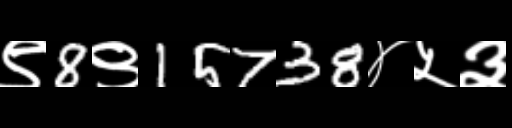
Text: ९8९15738४५३